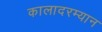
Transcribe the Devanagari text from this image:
कालादरम्यान